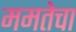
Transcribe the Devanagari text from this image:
ममतेचा